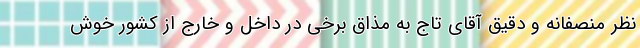
نظر منصفانه و دقیق آقای تاج به مذاق برخی در داخل و خارج از کشور خوش